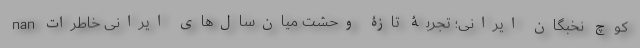
nan کوچ نخبگان ایرانی؛ تجربۀ تازۀ وحشت میان‌سال‌های ایرانی خاطرات